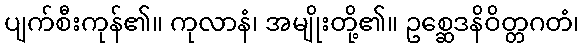
ပျက်စီးကုန်၏။ ကုလာနံ၊ အမျိုးတို့၏။ ဥစ္ဆေဒနိဝိတ္တဂတံ၊